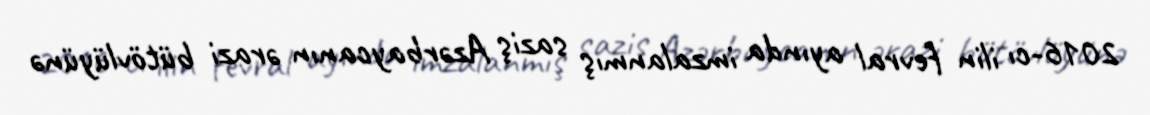
2016-cı ilin fevral ayında imzalanmış saziş Azərbaycanın ərazi bütövlüyünə